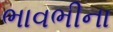
ભાવભીના